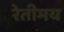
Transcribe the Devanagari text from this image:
रेतीमय